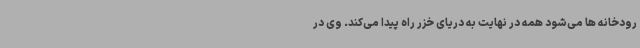
رودخانه ها می‌شود همه در نهایت به دریای خزر راه پیدا می‌کند. وی در